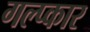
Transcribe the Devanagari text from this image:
गल्प्कार